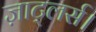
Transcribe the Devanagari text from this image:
ज़ाट्लर्स।